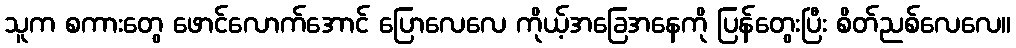
သူက စကားတွေ ဖောင်လောက်အောင် ပြောလေလေ ကိုယ့်အခြေအနေကို ပြန်တွေးပြီး စိတ်ညစ်လေလေ။